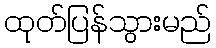
ထုတ်ပြန်သွားမည်